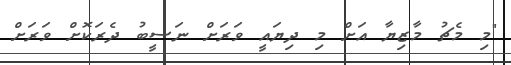
"މި މެޗު މާޒިޔާ އަށް މި ދިޔައީ ވަރަށް ނަސީބު ދެރަކޮށް ވަރަށް